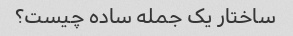
ساختار یک جمله ساده چیست؟